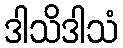
ဒါသိဒါသံ